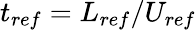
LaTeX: t_{ref}=L_{ref}/U_{ref}